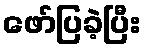
ဖော်ပြခဲ့ပြီး